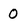
Character: 0